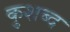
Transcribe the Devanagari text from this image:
कुशब्द